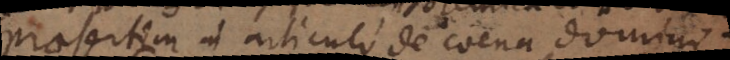
praesertim in articulo de coena domini